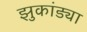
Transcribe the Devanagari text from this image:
झुकांड्या